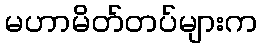
မဟာမိတ်တပ်များက